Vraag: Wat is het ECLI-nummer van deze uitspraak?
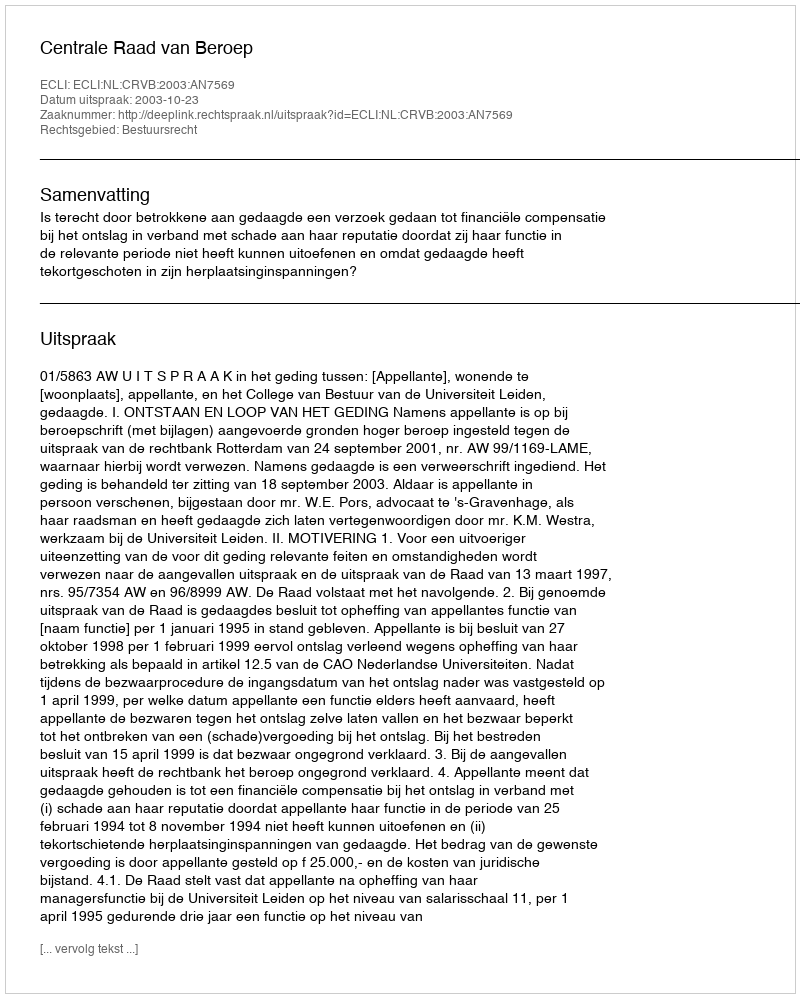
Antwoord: ECLI:NL:CRVB:2003:AN7569